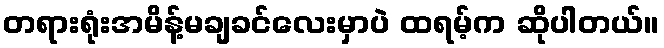
တရားရုံးအမိန့်မချခင်လေးမှာပဲ ထရမ့်က ဆိုပါတယ်။